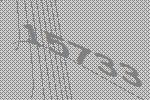
15733